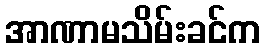
အာဏာမသိမ်းခင်က